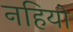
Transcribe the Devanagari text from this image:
नहियो